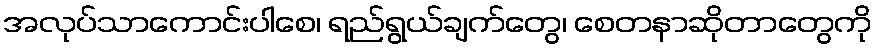
အလုပ်သာကောင်းပါစေ၊ ရည်ရွယ်ချက်တွေ၊ စေတနာဆိုတာတွေကို